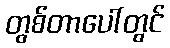
တွစ်တာပေါ်တွင်